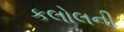
કલોલની